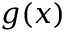
g ( x )